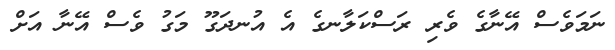
ނަމަވެސް އޭނާގެ ވެރި ރަސްކަލާނގެ އެ އުނދަގޫ މަގު ވެސް އޭނާ އަށް